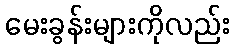
မေးခွန်းများကိုလည်း